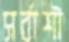
সর্বাশী